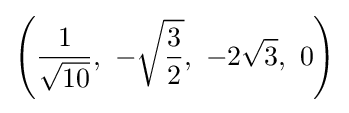
\left({\frac {1}{\sqrt {10}}},\ -{\sqrt {\frac {3}{2}}},\ -2{\sqrt {3}},\ 0\right)